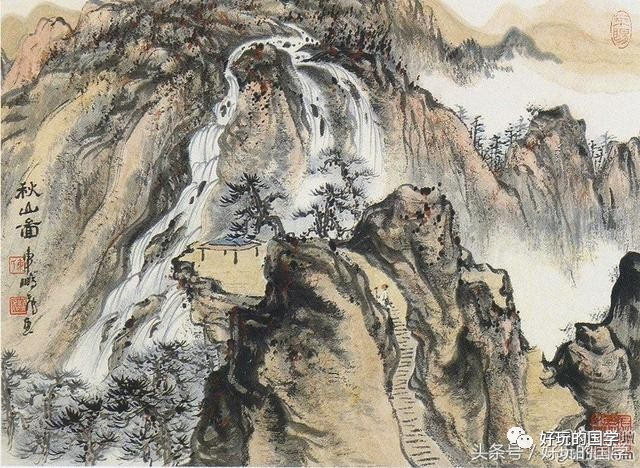
孰知不向边庭苦，纵死犹闻侠骨香。